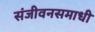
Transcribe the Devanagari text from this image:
संजीवनसमाधी